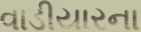
વાડીયારના